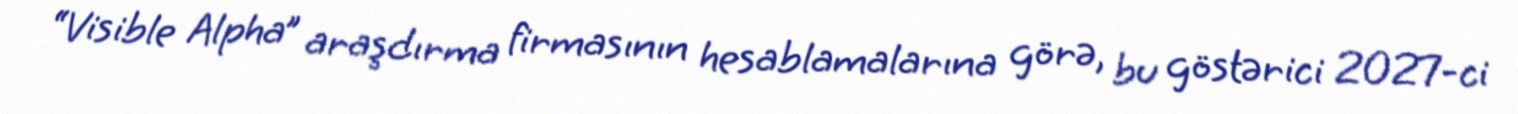
“Visible Alpha” araşdırma firmasının hesablamalarına görə, bu göstərici 2027-ci